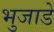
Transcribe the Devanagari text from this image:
भुजाडे